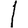
Digit: 1